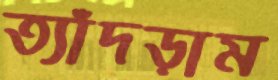
ত্যাঁদড়াম